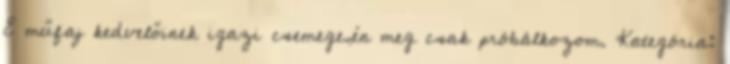
E műfaj kedvelőinek igazi csemege,én meg csak próbálkozom. Kategória: